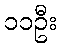
၁၁ဦး